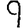
Digit: 9